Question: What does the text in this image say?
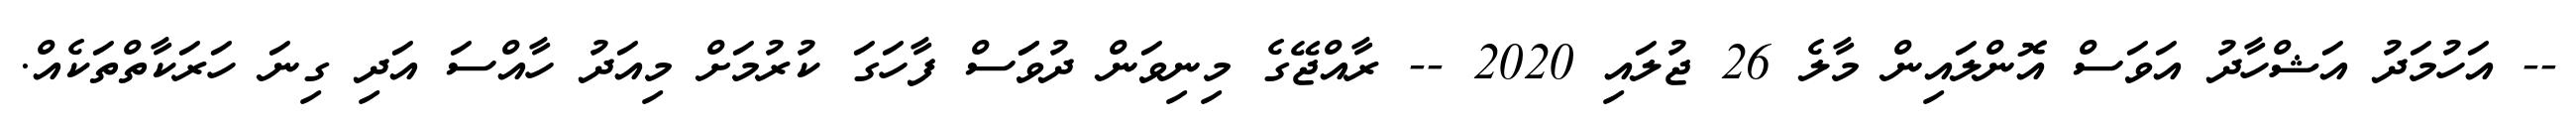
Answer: -- އަހުމަދު އަޝްހާދު އަވަސް އޮންލައިން މާލެ 26 ޖުލައި 2020 -- ރާއްޖޭގެ މިނިވަން ދުވަަސް ފާހަގަ ކުރުމަށް މިއަދު ހާއްސަ އަދި ގިނަ ހަރަކާތްތަކެއް.